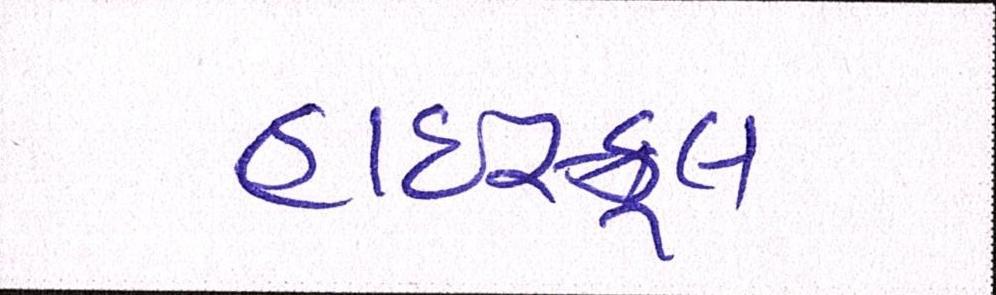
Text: હાઇસ્કૂલ